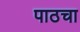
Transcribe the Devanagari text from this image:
पाठचा